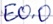
Text: E0.0